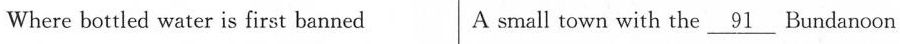
Where bottled water is first banned A small town with the \underline{91} Bundanoon